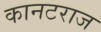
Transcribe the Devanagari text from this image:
कानटराज